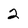
Character: 2